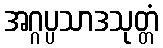
အဂ္ဂပ္ပသာဒသုတ္တံ